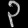
Digit: ၃